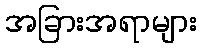
အခြားအရာများ